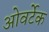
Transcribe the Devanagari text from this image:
ओवर्टेक